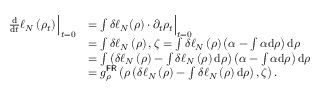
\begin{array} { r l } { \frac { \mathrm { d } } { \mathrm { d } t } \ell _ { N } \left( \rho _ { t } \right) \Big | _ { t = 0 } } & { = \int \delta \ell _ { N } ( \rho ) \cdot \partial _ { t } \rho _ { t } \Big | _ { t = 0 } } \\ & { = \int \delta \ell _ { N } \left( \rho \right) , \zeta = \int \delta \ell _ { N } \left( \rho \right) \left( \alpha - \int \alpha \mathrm { d } \rho \right) \mathrm { d } \rho } \\ & { = \int \left( \delta \ell _ { N } \left( \rho \right) - \int \delta \ell _ { N } \left( \rho \right) \mathrm { d } \rho \right) \left( \alpha - \int \alpha \mathrm { d } \rho \right) \mathrm { d } \rho } \\ & { = g _ { \rho } ^ { \mathsf { F R } } \left( \rho \left( \delta \ell _ { N } \left( \rho \right) - \int \delta \ell _ { N } \left( \rho \right) \mathrm { d } \rho \right) , \zeta \right) . } \end{array}